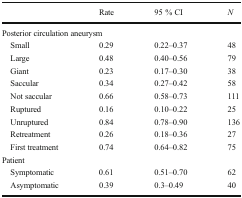
|  | Rate | 95 % CI | N |
 | --- | --- | --- | --- |
 | <COLSPAN=4> Posterior circulation aneurysm |
 | Small | 0.29 | 0.22–0.37 | 48 |
 | Large | 0.48 | 0.40–0.56 | 79 |
 | Giant | 0.23 | 0.17–0.30 | 38 |
 | Saccular | 0.34 | 0.27–0.42 | 58 |
 | Not saccular | 0.66 | 0.58–0.73 | 111 |
 | Ruptured | 0.16 | 0.10–0.22 | 25 |
 | Unruptured | 0.84 | 0.78–0.90 | 136 |
 | Retreatment | 0.26 | 0.18–0.36 | 27 |
 | First treatment | 0.74 | 0.64–0.82 | 75 |
 | <COLSPAN=4> Patient |
 | Symptomatic | 0.61 | 0.51–0.70 | 62 |
 | Asymptomatic | 0.39 | 0.3–0.49 | 40 |